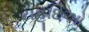
યહૂદિઓ